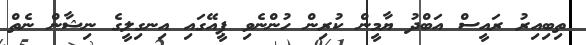
ތިބިއިރު ރައީސް އަބްދު ޔާމީން ކުރިން ހުންނެވި ޕީއޭގައި އިނގިލީގެ ނިޝާން ނެތް